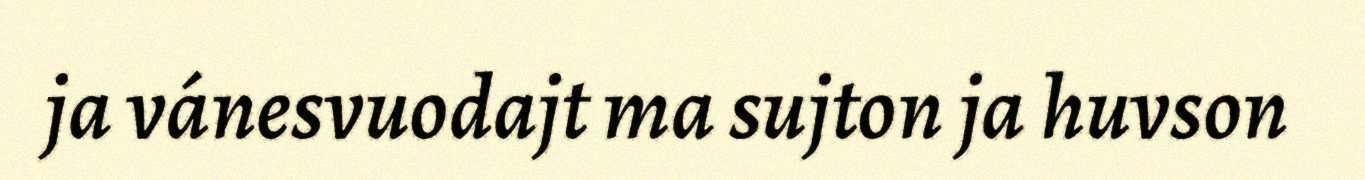
ja vánesvuodajt ma sujton ja huvson